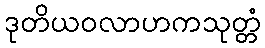
ဒုတိယဝလာဟကသုတ္တံ